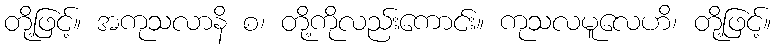
တို့ဖြင့်။ အကုသလာနိ စ၊ တို့ကိုလည်းကောင်း။ ကုသလမူလေဟိ၊ တို့ဖြင့်။